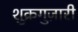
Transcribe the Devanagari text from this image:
शुक्रगुज़ारी